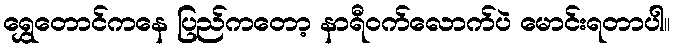
ရွှေတောင်ကနေ ပြည်ကတော့ နာရီဝက်လောက်ပဲ မောင်းရတာပါ။